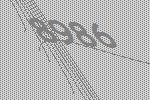
8986